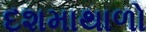
દશમાથાળો